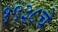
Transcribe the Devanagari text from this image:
१९३८चे